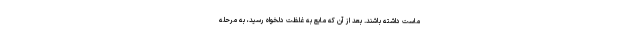
ماست داشته باشند. بعد از آن که مایع به غلظت دلخواه رسید، به مرحله